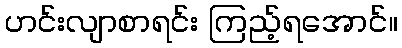
ဟင်းလျာစာရင်း ကြည့်ရအောင်။